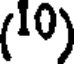
(10)